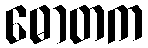
ဓောတက